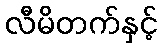
လီမိတက်နှင့်